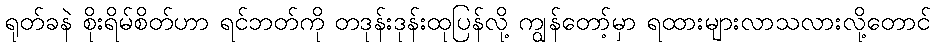
ရုတ်ခနဲ စိုးရိမ်စိတ်ဟာ ရင်ဘတ်ကို တဒုန်းဒုန်းထုပြန်လို့ ကျွန်တော့်မှာ ရထားများလာသလားလို့တောင်